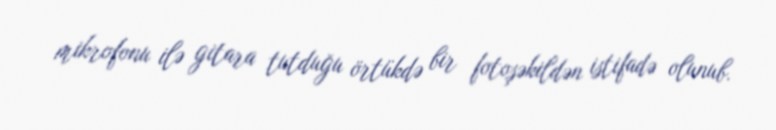
mikrofonu ilə gitara tutduğu örtükdə bir fotoşəkildən istifadə olunub.